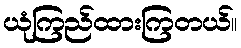
ယုံကြည်ထားကြတယ်။